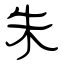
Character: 朱